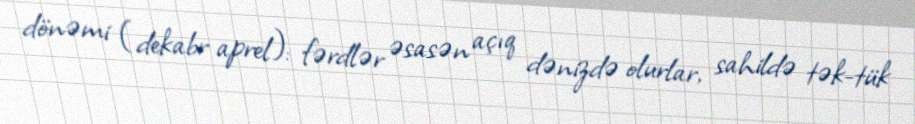
dönəmi (dekabr aprel): fərdlər əsasən açıq dənizdə olurlar, sahildə tək-tük